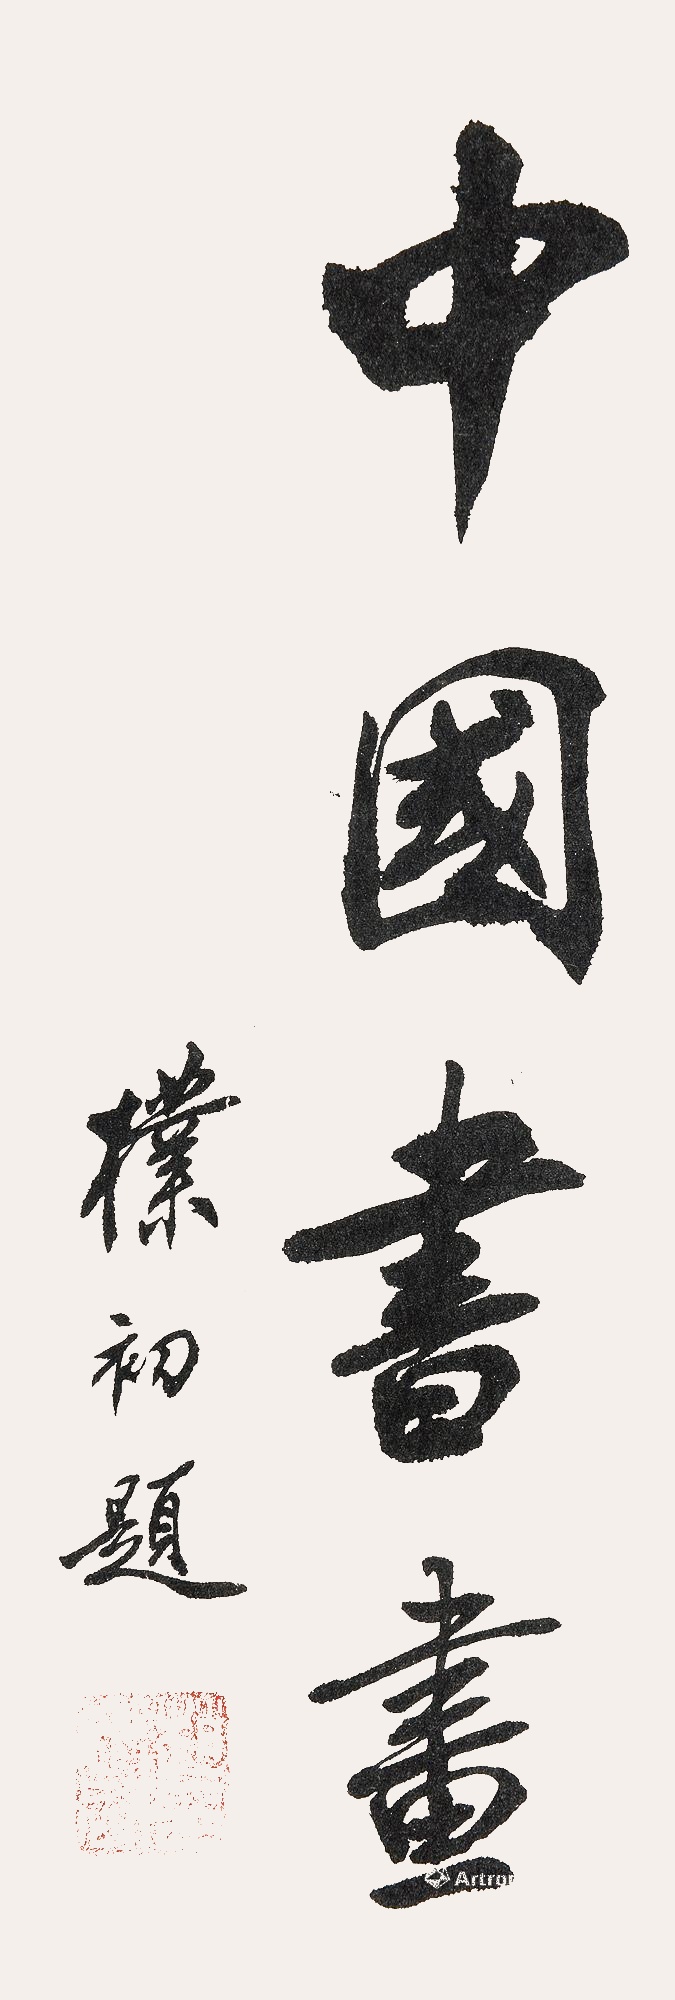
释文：中国书画朴初题。